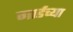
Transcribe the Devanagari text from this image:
गार्डच्या